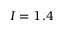
I = 1 . 4